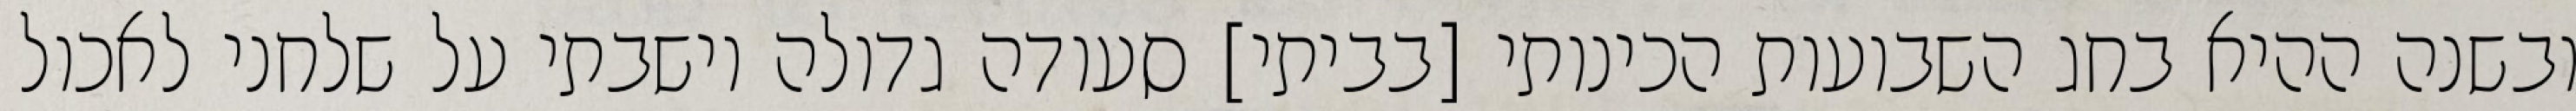
ובשנה ההיא בחג השבועות הכינותי [בביתי] סעודה גדולה וישבתי על שלחני לאכול